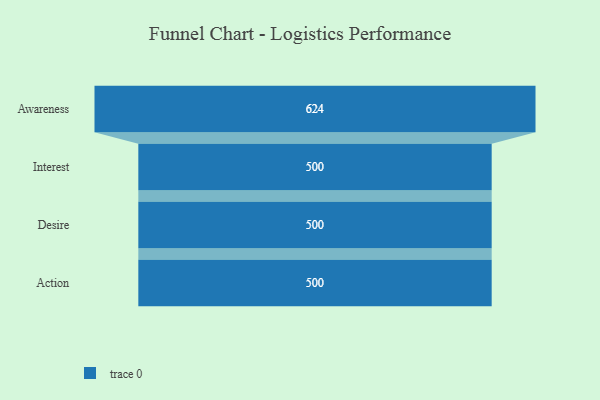
{"axis": {"x": "Stage", "y": "Value"}, "legend": [""], "data": [{"x": "Awareness", "y": 624.0, "type": ""}, {"x": "Interest", "y": 500, "type": ""}, {"x": "Desire", "y": 500, "type": ""}, {"x": "Action", "y": 500, "type": ""}]}